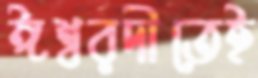
ঈশ্বরদীতেই